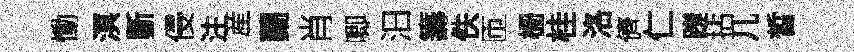
慟溟斵侵注産蘭肖唧汩籌佚匝栅桂洛儕仁蹉拈几晳